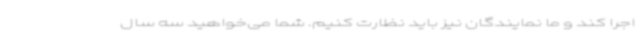
اجرا کند و ما نمایندگان نیز باید نظارت کنیم. شما می‌خواهید سه سال